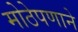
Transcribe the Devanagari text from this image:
मोठेपणाने